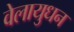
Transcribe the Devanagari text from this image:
वेलायुधन